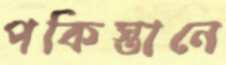
পকিস্তানে